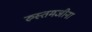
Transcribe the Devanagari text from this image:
रुस्तमजीना